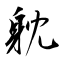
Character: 躭